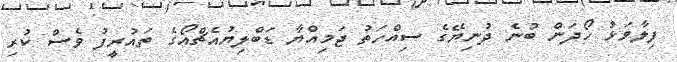
ފިލާވަޅު ހޯދަން ބުނެ ދުނިޔޭގެ ސިއްހަތު ޖަމިއްޔާ ޑަބްލިޔުއެޗްއޯގެ ތައުރީފު ވެސް ކުރި